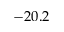
- 2 0 . 2